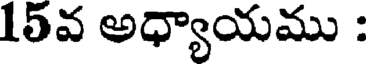
15వ అధ్యాయము :